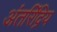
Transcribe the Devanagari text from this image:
अंतरिंद्रिय